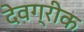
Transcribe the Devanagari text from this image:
देवग्रीक